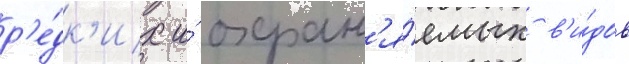
р'е́дк'их и́ охран'я́емых в'и́дов